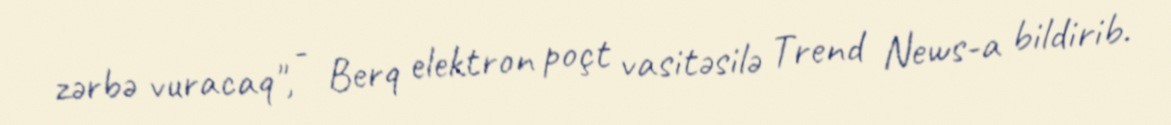
zərbə vuracaq", - Berq elektron poçt vasitəsilə Trend News-a bildirib.